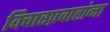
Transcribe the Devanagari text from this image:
विचारप्रवाहांना